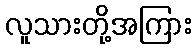
လူသားတို့အကြား